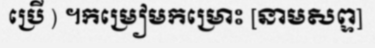
ប្រើ ) ។កម្រៀមកម្រោះ [នាមសព្ទ]